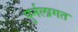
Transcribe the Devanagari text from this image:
पुर्नलागत